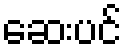
ဆေးပင်